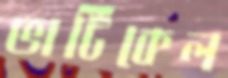
ভার্টিকেল